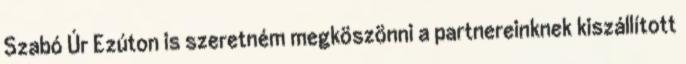
Szabó Úr Ezúton is szeretném megköszönni a partnereinknek kiszállított